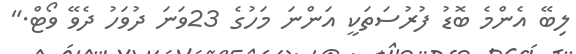
ލިބޭ އެންމެ ބޮޑު ފުރުސަތަކީ އަންނަ މަހުގެ 23ވަނަ ދުވަހު ދެވޭ ވޯޓް."